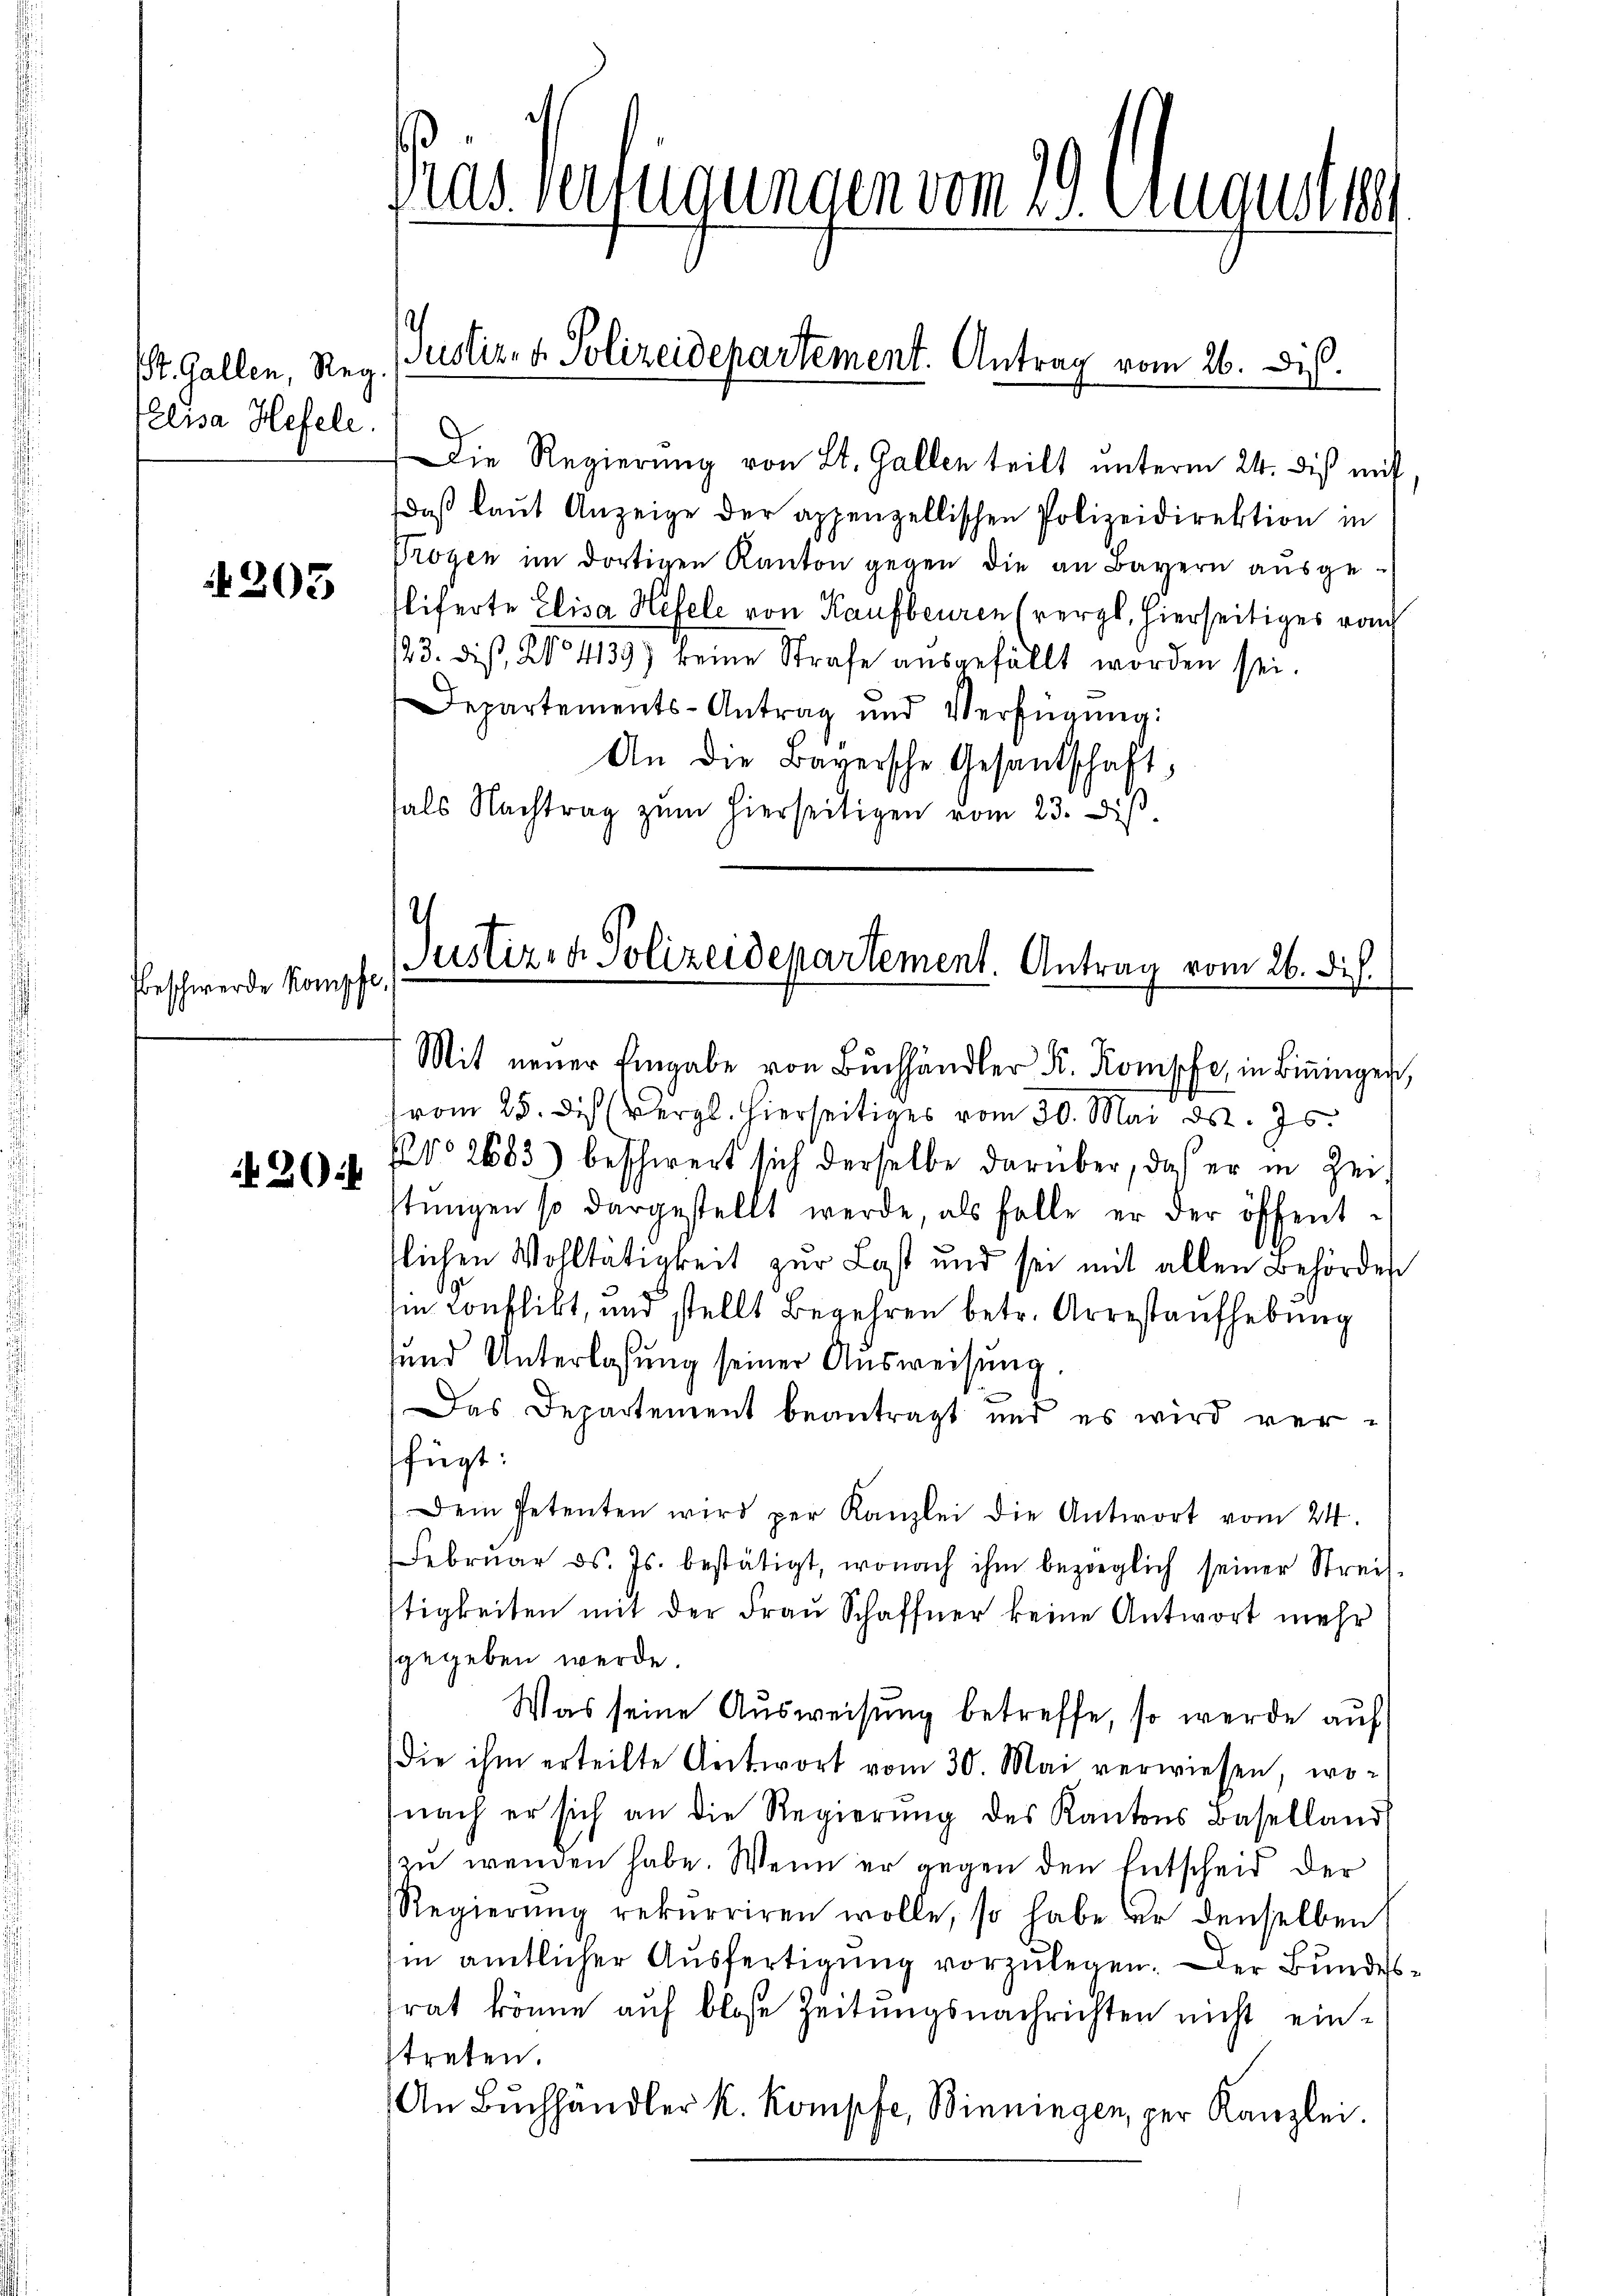
t. Gallen, Reg.
Elisa Hefele.

205

beschwerde Kompfe,

2

Die Regierung von St. Gallen teilt unterm 24. dis mit
daβ laŭt Anzeige der appenzellischen Polizeidirektion in
Trogen im dortigen Kanton gegen die an Bayern ausge-
liferte Elisa Hefele von Kaufbeuren (vergl. hierseitiges von
123. dis, No 4139) keine Strafe ausgefällt worden sei.
Departements-Antrag und Verfügŭng:
An die Bayersche Gesantschaft,
als Nachtrag zŭm hierseitigen vom 23. diβ

Justizen Polizeidepartement. Antrag vom 26. ds.
Mit neuer Eingabe von Bŭchhändler K. Kompfe, in Biningen,

Pas. vertigungen vom 25. August 189

Justiz- & Polizeidepartement. Antrag vom 26. Dis.

vom 25. des (vergl. hierseitiges vom 30. Mai d. 75.
No 2683) beschwert sich derselbe darüber, daß er in Zeit
stŭngen so dargestellt werde als falle er der öffent-
tlichen Wohltätigkeit zur Last und sei mit allen Behörder
9.
ii Conflikt, und stellt Begehren betr. Arrestaufhebung
und Unterlassung seiner Ausweisung.
Das Departement beantragt und es wird verfügt:
Dem Petenten wird per Kanzlei die Antwort vom 24.
Febrŭar d. Js. bestätigt, wonach ihm bezoeglich seiner Streis-
tigkeiten mit der Frau Schaffner keine Antwort mehr
sgegeben werde.
Was seine Ausweisung betreffe, so werde auf
die ihm erteilte Antwort vom 30. Mai verwiesen, wo-
(nach er sich an die Regierŭng des Kantons Baselland
zu wenden habe. Wenn er gegen den Entscheid der
Regierŭng rekurriren wolle, so habe er denselben
in amtlicher Ausfertigung vorzulegen. Der Bundesrat könne auf blose Zeitungsnachrichten nicht einstreten.
An Buchhandler k. Kompfe, Binningen, per Kanzlei.